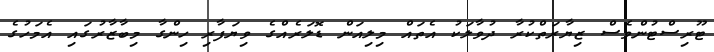
ޓޫރިސްޓުންވެސް ޒިޔާރަތްކުރާ ދުވާލަކު އެތައް މިލިއަން ޑޮލަރެއްގެ ވިޔަފާރި ހިންގާ މިބާޒާރުގައި އެމަހުގެ